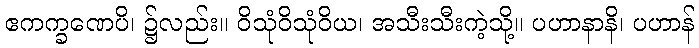
ဧကက္ခဏေပိ၊ ၌လည်း။ ဝိသုံဝိသုံဝိယ၊ အသီးသီးကဲ့သို့။ ပဟာနာနိ၊ ပဟာန်